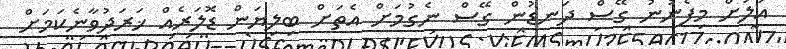
އަލަށް މިފެނުނު ގޭސް ދަނޑުން ގޭސް ނެގުމަށް އެތަށް ބިލިޔަން ޑޮލަރެއް ޚަރަދުވާނެކަމަށް